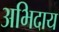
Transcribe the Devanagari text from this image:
अभिदाय